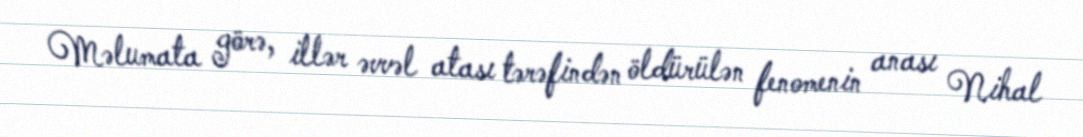
Məlumata görə, illər əvvəl atası tərəfindən öldürülən fenomenin anası Nihal